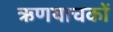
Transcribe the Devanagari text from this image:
ऋणयाचकों